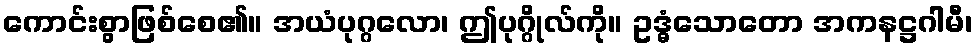
ကောင်းစွာဖြစ်စေ၏။ အယံပုဂ္ဂလော၊ ဤပုဂ္ဂိုလ်ကို။ ဥဒ္ဓံသောတော အကနဋ္ဌဂါမီ၊